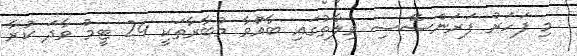
މި ފަހަރު ފަރަންސޭސި ވިލާތުގައި ބާއްވާ މުބާރާތަކީ 24 ޓީމު ވާދަ ކުރާ